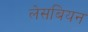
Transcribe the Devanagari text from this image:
लेसबियन